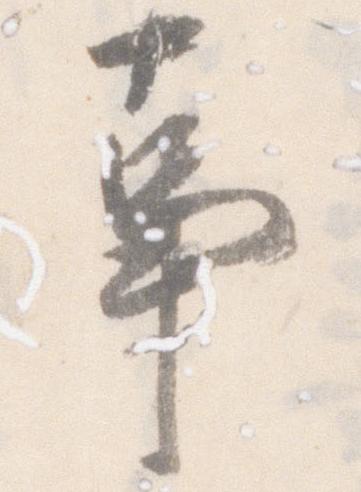
事